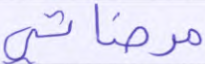
مرضاتي